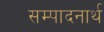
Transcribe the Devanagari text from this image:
सम्पादनार्थ